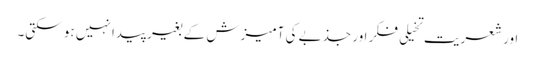
اور شعریت تخیلی فکر اور جذبے کی آمیزش کے بغیر پیدا نہیں ہو سکتی۔